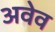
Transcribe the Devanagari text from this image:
अवेव